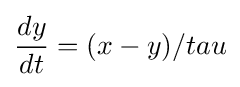
{\frac {dy}{dt}}=(x-y)/tau